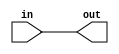
module PC(
input [63:0] in,
output reg [63:0] out
    );
assign out = in;

endmodule